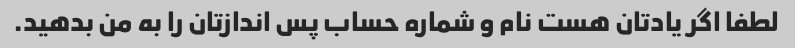
لطفا اگر یادتان هست نام و شماره حساب پس اندازتان را به من بدهید.